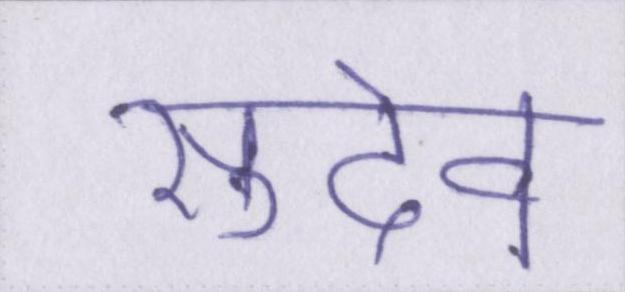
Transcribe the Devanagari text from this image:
सुदेव